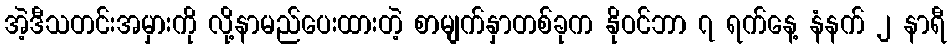
အဲ့ဒီသတင်းအမှားကို လို့နာမည်ပေးထားတဲ့ စာမျက်နှာတစ်ခုက နိုဝင်ဘာ ၇ ရက်နေ့ နံနက် ၂ နာရီ